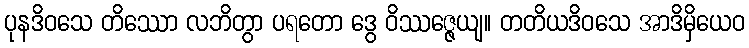
ပုနဒိဝသေ တိဿော လဘိတွာ ပရတော ဒွေ ဝိဿဇ္ဇေယျ။ တတိယဒိဝသေ အာဒိမှိယေဝ